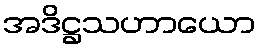
အဒိဋ္ဌသဟာယော